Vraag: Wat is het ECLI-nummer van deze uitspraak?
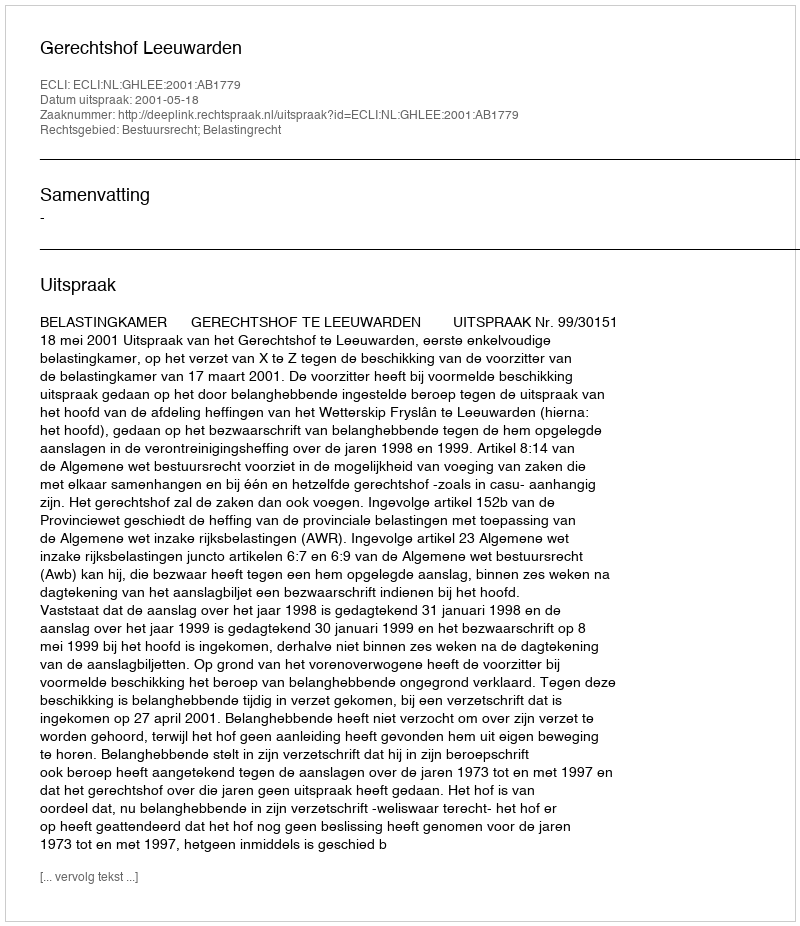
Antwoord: ECLI:NL:GHLEE:2001:AB1779